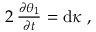
\begin{array} { r } { 2 \, \frac { \partial \theta _ { 1 } } { \partial t } = \mathrm { d } \kappa \ , } \end{array}